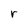
Character: r